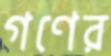
গণের